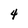
Character: 4